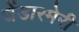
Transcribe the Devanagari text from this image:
जेंडारमेरी